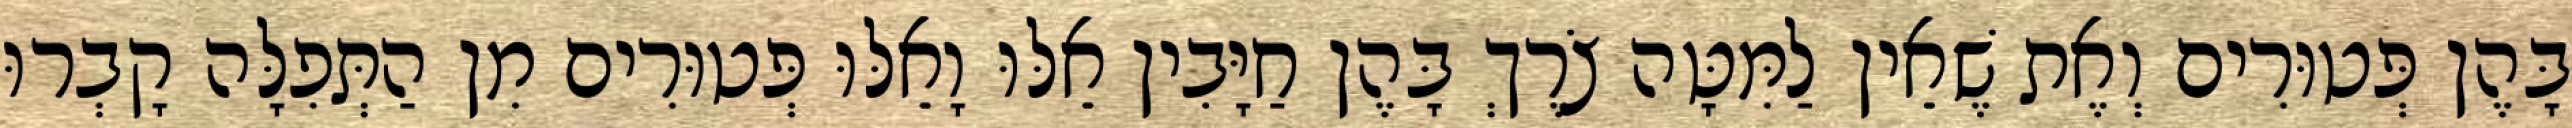
בָּהֶן פְּטוּרִים וְאֶת שֶׁאֵין לַמִּטָּה צֹרֶךְ בָּהֶן חַיָּבִין אֵלּוּ וָאֵלּוּ פְּטוּרִים מִן הַתְּפִלָּה קָבְרוּ